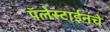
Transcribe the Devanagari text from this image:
पॅलेस्टाईनचे